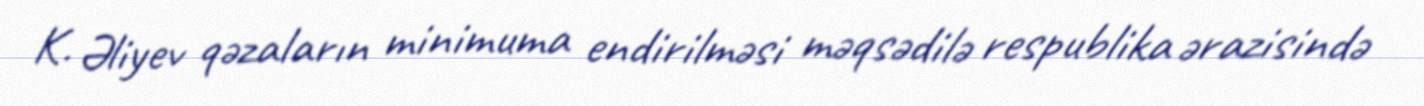
K. Əliyev qəzaların minimuma endirilməsi məqsədilə respublika ərazisində